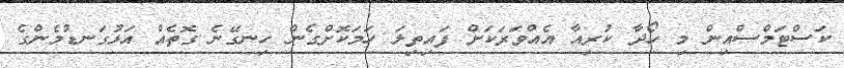
ކަސްޓަމްސްއިން މި ހޯދާ ކުރިއާ އެއްވަރަކަށް ފައިތިލަ ހަމަކޮށްގެން ހިނގޭނެ ގޮތެއް އަޅުގަނޑުމެންގެ